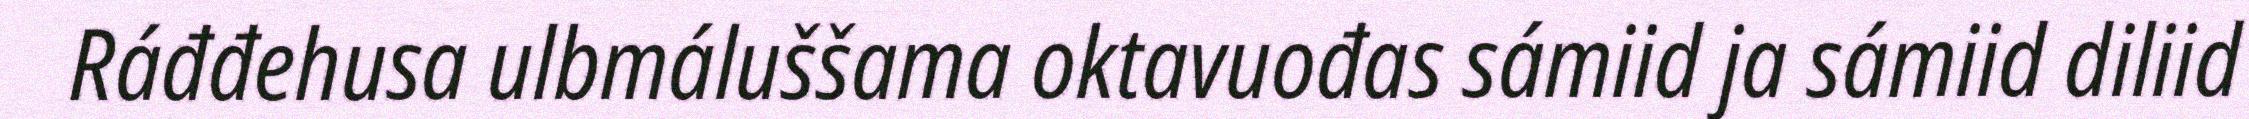
Ráđđehusa ulbmáluššama oktavuođas sámiid ja sámiid diliid